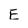
Character: E